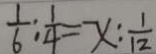
\frac { 1 } { 6 } : \frac { 1 } { 4 } = x : \frac { 1 } { 1 2 }